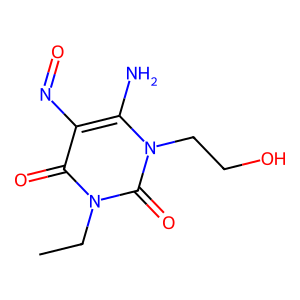
SMILES: CCn1c(=O)c(N=O)c(N)n(CCO)c1=O
Inhibits HIV replication: No